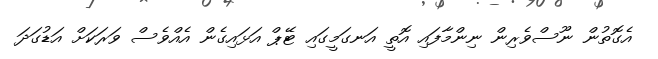
އެގޮތުން ނޫސްވެރިން ނިންމާފައި އޮތީ އަނގަމީގައި ޓޭޕް އަޅައިގެން އެއްވެސް ވަރަކަށް އަޑުގަދަ